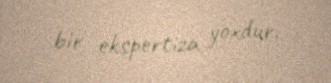
bir ekspertiza yoxdur.